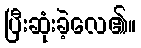
ပြီးဆုံးခဲ့လေ၏။